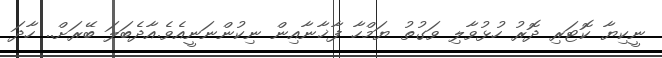
ނީކިޔާ ކޮޓަރި ދޮރު ހުޅުވާލި ވަގުތު ޔަމްހާ ފާޚާނާއިން ނިކުންނަނީއެވެ.އާދެބަލަ ބޭރަށް.. ހާދަ